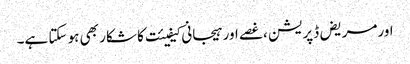
اورمریض ڈپریشن ،غصے اور ہیجانی کیفیئت کا شکار بھی ہو سکتا ہے۔